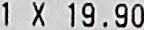
1 X 19.90